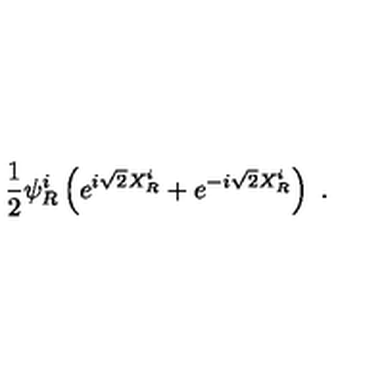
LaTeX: \frac { 1 } { 2 } \psi _ { R } ^ { i } \left( e ^ { i \sqrt { 2 } X _ { R } ^ { i } } + e ^ { - i \sqrt { 2 } X _ { R } ^ { i } } \right) \ .